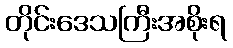
တိုင်းဒေသကြီးအစိုးရ